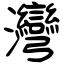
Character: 灣